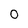
Character: 0